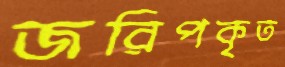
জরিপকৃত